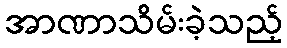
အာဏာသိမ်းခဲ့သည့်